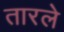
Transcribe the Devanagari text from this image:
तारले